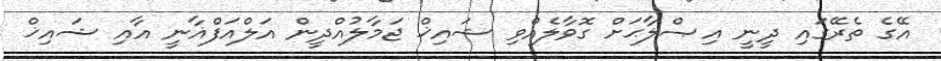
އޭގެ ތެރޭގައި ދީނީ އިޞްލާޙަށް ގޮވާލެއްވި ޝައިޚް ޖަމާލުއްދީން އަލްއަފްޣާނީ އާއި ޝައިޚް